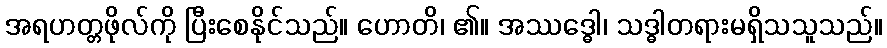
အရဟတ္တဖိုလ်ကို ပြီးစေနိုင်သည်။ ဟောတိ၊ ၏။ အဿဒ္ဓေါ၊ သဒ္ဓါတရားမရှိသသူသည်။